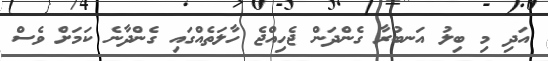
އަދި މި ބިލު އަނބުރާ ގެންދަން ޖެހިއްޖެ ހާލަތެއްގައި ގެންދާނެ ކަމަށް ވެސް